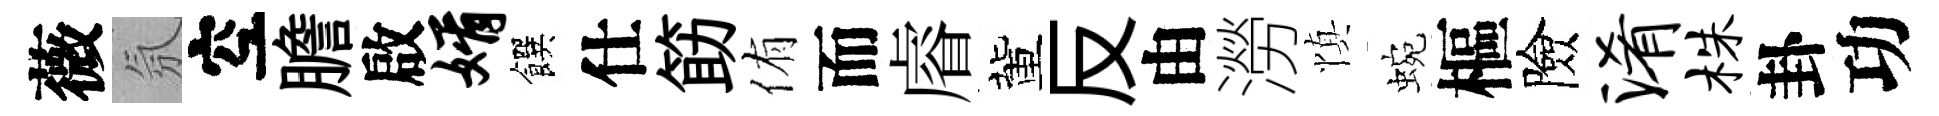
薇氛空膽啟婿饌仕筯侑而𥈠董反由澇慎蜿樞險淆株卦功